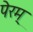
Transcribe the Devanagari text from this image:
पेरम्